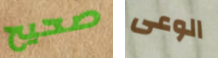
صحيح الوعى